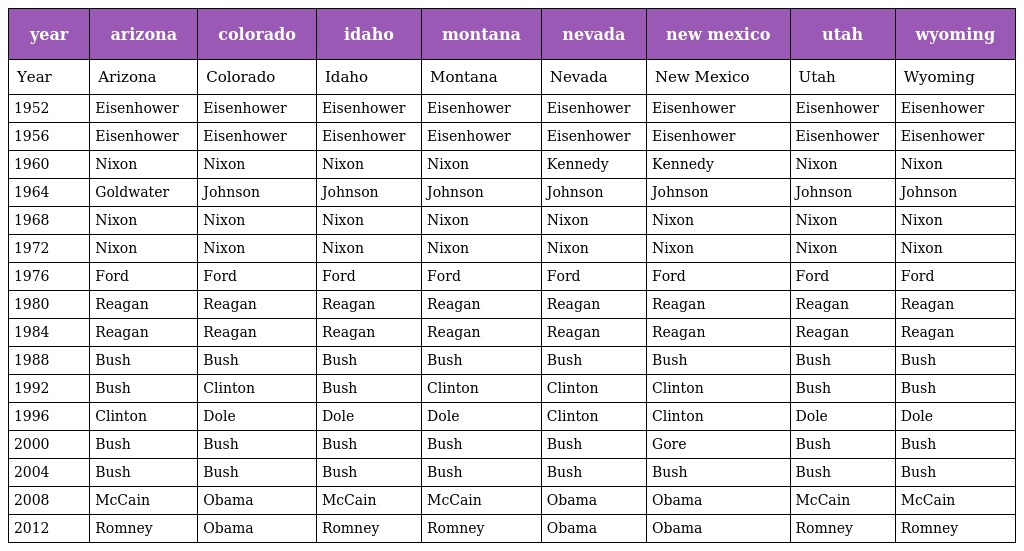
| year | arizona | colorado | idaho | montana | nevada | new mexico | utah | wyoming |
 | --- | --- | --- | --- | --- | --- | --- | --- | --- |
 | Year | Arizona | Colorado | Idaho | Montana | Nevada | New Mexico | Utah | Wyoming |
 | 1952 | Eisenhower | Eisenhower | Eisenhower | Eisenhower | Eisenhower | Eisenhower | Eisenhower | Eisenhower |
 | 1956 | Εisenhower | Eisenhower | Eisenhower | Eisenhower | Eisenhower | Eisenhower | Eisenhower | Eisenhower |
 | 1960 | Nixon | Nixon | Nixon | Nixon | Kennedy | Kennedy | Nixon | Nixon |
 | 1964 | Goldwater | Johnson | Johnson | Johnson | Johnson | Johnson | Johnson | Johnson |
 | 1968 | Nixon | Nixon | Nixon | Nixon | Nixon | Nixon | Nixon | Nixon |
 | 1972 | Nixon | Nixon | Nixon | Nixon | Nixon | Nixon | Nixon | Nixon |
 | 1976 | Ford | Ford | Ford | Ford | Ford | Ford | Ford | Ford |
 | 1980 | Reagan | Reagan | Reagan | Reagan | Reagan | Reagan | Reagan | Reagan |
 | 1984 | Reagan | Reagan | Reagan | Reagan | Reagan | Reagan | Reagan | Reagan |
 | 1988 | Bush | Bush | Bush | Bush | Bush | Bush | Bush | Bush |
 | 1992 | Bush | Clinton | Bush | Clinton | Clinton | Clinton | Bush | Bush |
 | 1996 | Clinton | Dole | Dole | Dole | Clinton | Clinton | Dole | Dole |
 | 2000 | Bush | Bush | Bush | Bush | Bush | Gore | Bush | Bush |
 | 2004 | Bush | Bush | Bush | Bush | Bush | Bush | Bush | Bush |
 | 2008 | McCain | Obama | McCain | McCain | Obama | Obama | McCain | McCain |
 | 2012 | Romney | Obama | Romney | Romney | Obama | Obama | Romney | Romney |